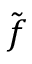
\tilde { \b { f } }